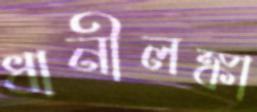
ধানীলঙ্কা